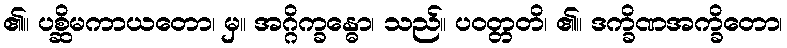
၏။ ပစ္ဆိမကာယတော၊ မှ။ အဂ္ဂိက္ခန္ဓော၊ သည်။ ပဝတ္တတိ၊ ၏။ ဒက္ခိဏအက္ခိတော၊